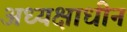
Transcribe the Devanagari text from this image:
अध्यक्षाधीन